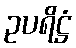
ဥပရိဋ္ဌံ